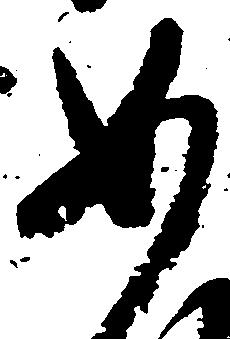
如